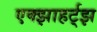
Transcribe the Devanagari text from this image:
एक्झाहर्ट्‌झ